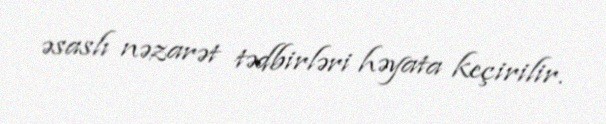
əsaslı nəzarət tədbirləri həyata keçirilir.